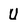
Character: U